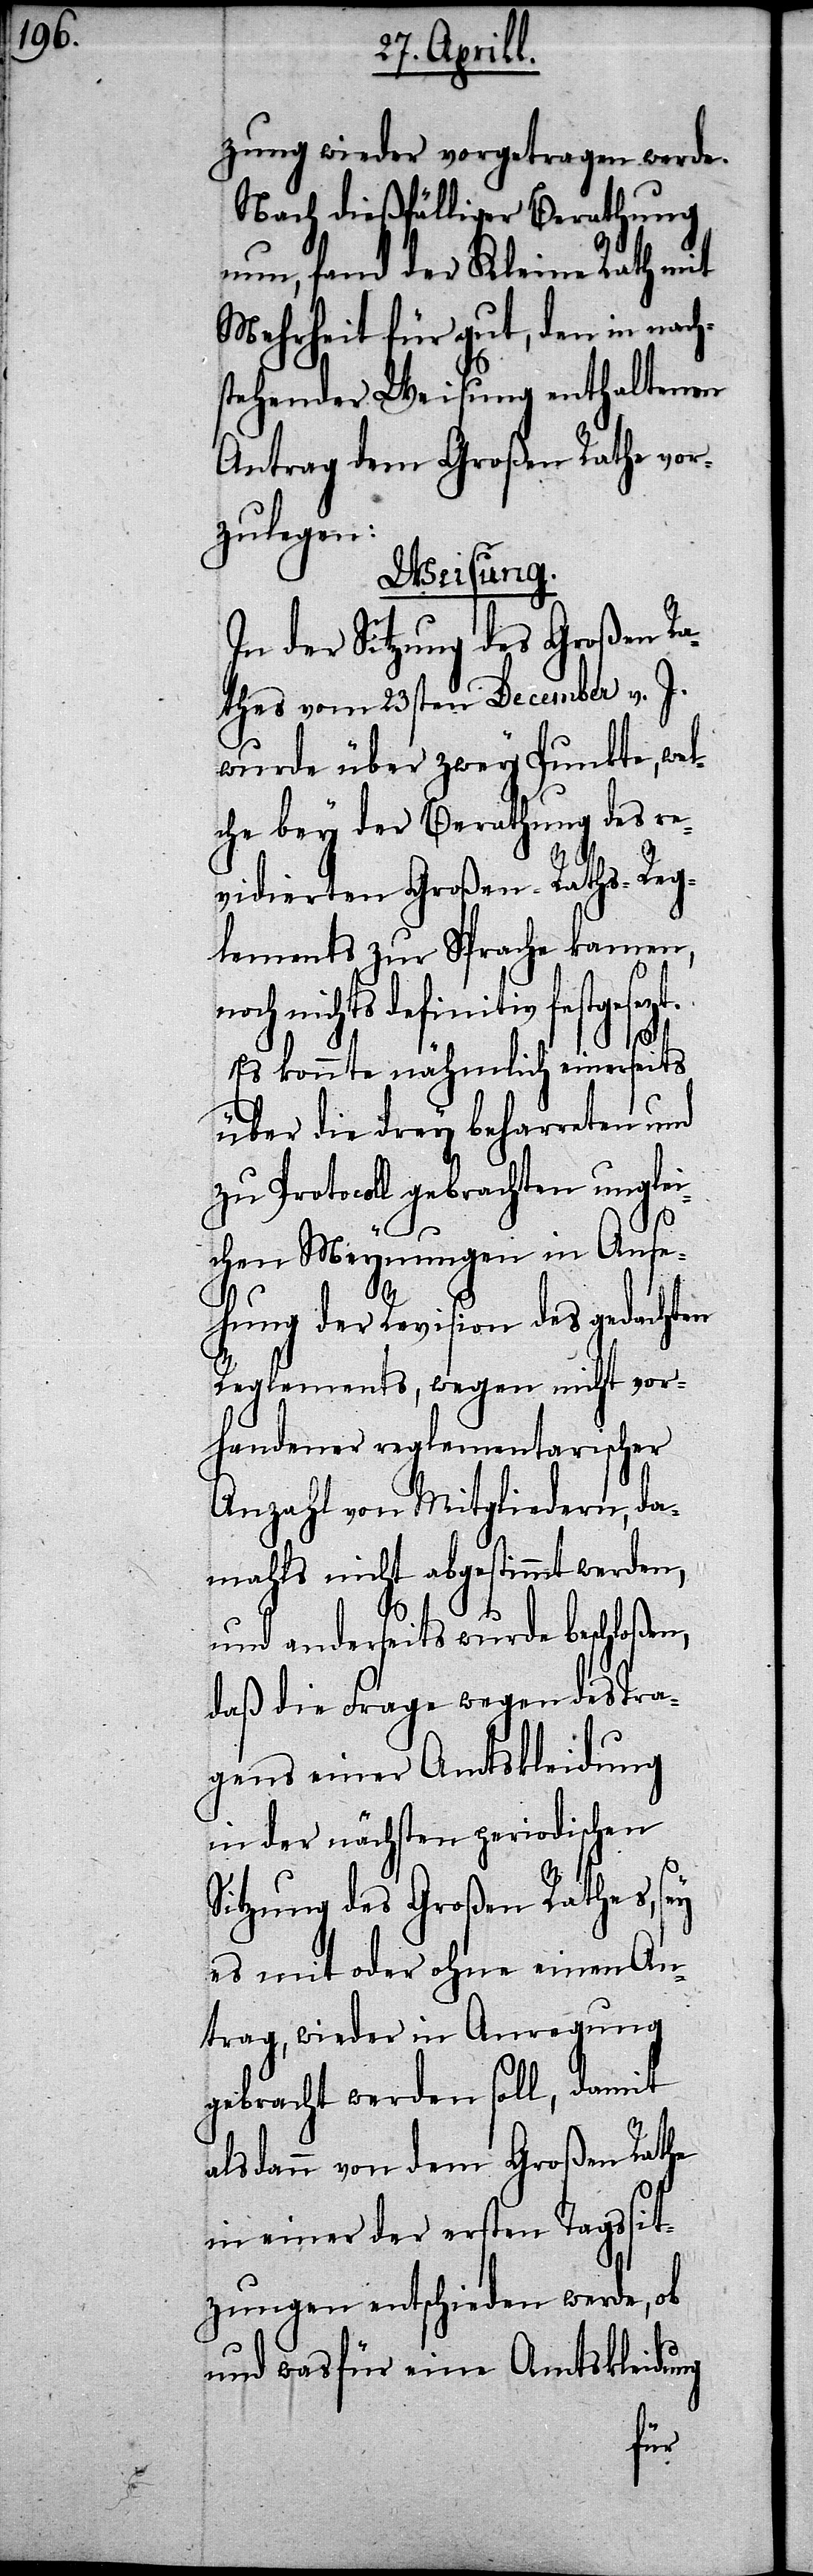
zung wieder vorgetragen werde.
Nach dießfälliger Berathung
nun, fand der Kleine Rath mit
Mehrheit für gut, den in nach¬
stehender Weisung enthaltenen
Antrag dem Großen Rathe vor¬
zulegen:
Weisung.
In der Sitzung des Großen Ra¬
thes vom 23sten December v. J.
wurde über zwey Punkte, wel¬
che bey der Berathung des re¬
vidierten Groß-Raths-Reg¬
lements zur Sprache kamen,
nichts definitiv festgeset¬
zt.
Es konnte nähmlich einerseits
über die drey beharreten und
zu Protocoll gebrachten unglei¬
chen Meynungen in Anse¬
hung der Revision des gedachten
Reglements, wegen nicht vor¬
handener reglementarischer
Anzahl von Mitgliedern, da¬
mahls nicht abgestimmt werden,
und anderseits wurde beschloßen,
daß die Frage wegen des Tra¬
gens einer Amtskleidung
in der nächsten periodischen
Sitzung des Großen Rathes, sey
es mit oder ohne einen An¬
trag, wieder in Anregung
gebracht werden soll, damit
als dann von dem Großen Rathe
in einer der ersten Tagsit¬
zungen entschieden werde, ob
und was für eine Amtskleidung